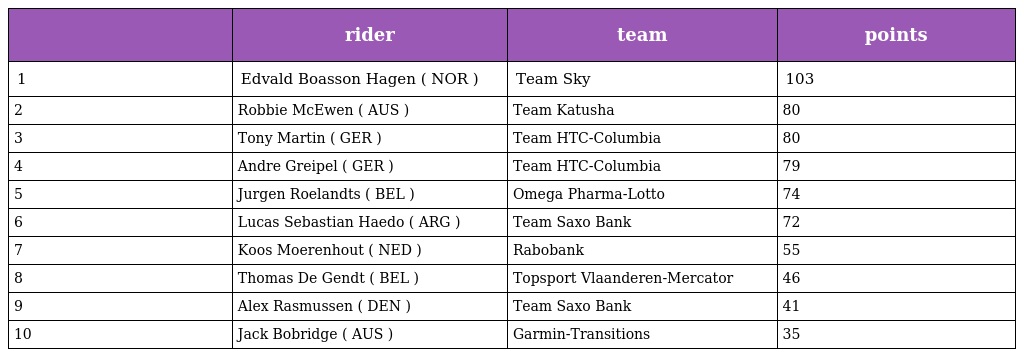
|  | rider | team | points |
 | --- | --- | --- | --- |
 | 1 | Edvald Boasson Hagen ( NOR ) | Team Sky | 103 |
 | 2 | Robbie McEwen ( AUS ) | Team Katusha | 80 |
 | 3 | Tony Martin ( GER ) | Team HTC-Columbia | 80 |
 | 4 | Andre Greipel ( GER ) | Team HTC-Columbia | 79 |
 | 5 | Jurgen Roelandts ( BEL ) | Omega Pharma-Lotto | 74 |
 | 6 | Lucas Sebastian Haedo ( ARG ) | Team Saxo Bank | 72 |
 | 7 | Koos Moerenhout ( NED ) | Rabobank | 55 |
 | 8 | Thomas De Gendt ( BEL ) | Topsport Vlaanderen-Mercator | 46 |
 | 9 | Alex Rasmussen ( DEN ) | Team Saxo Bank | 41 |
 | 10 | Jack Bobridge ( AUS ) | Garmin-Transitions | 35 |